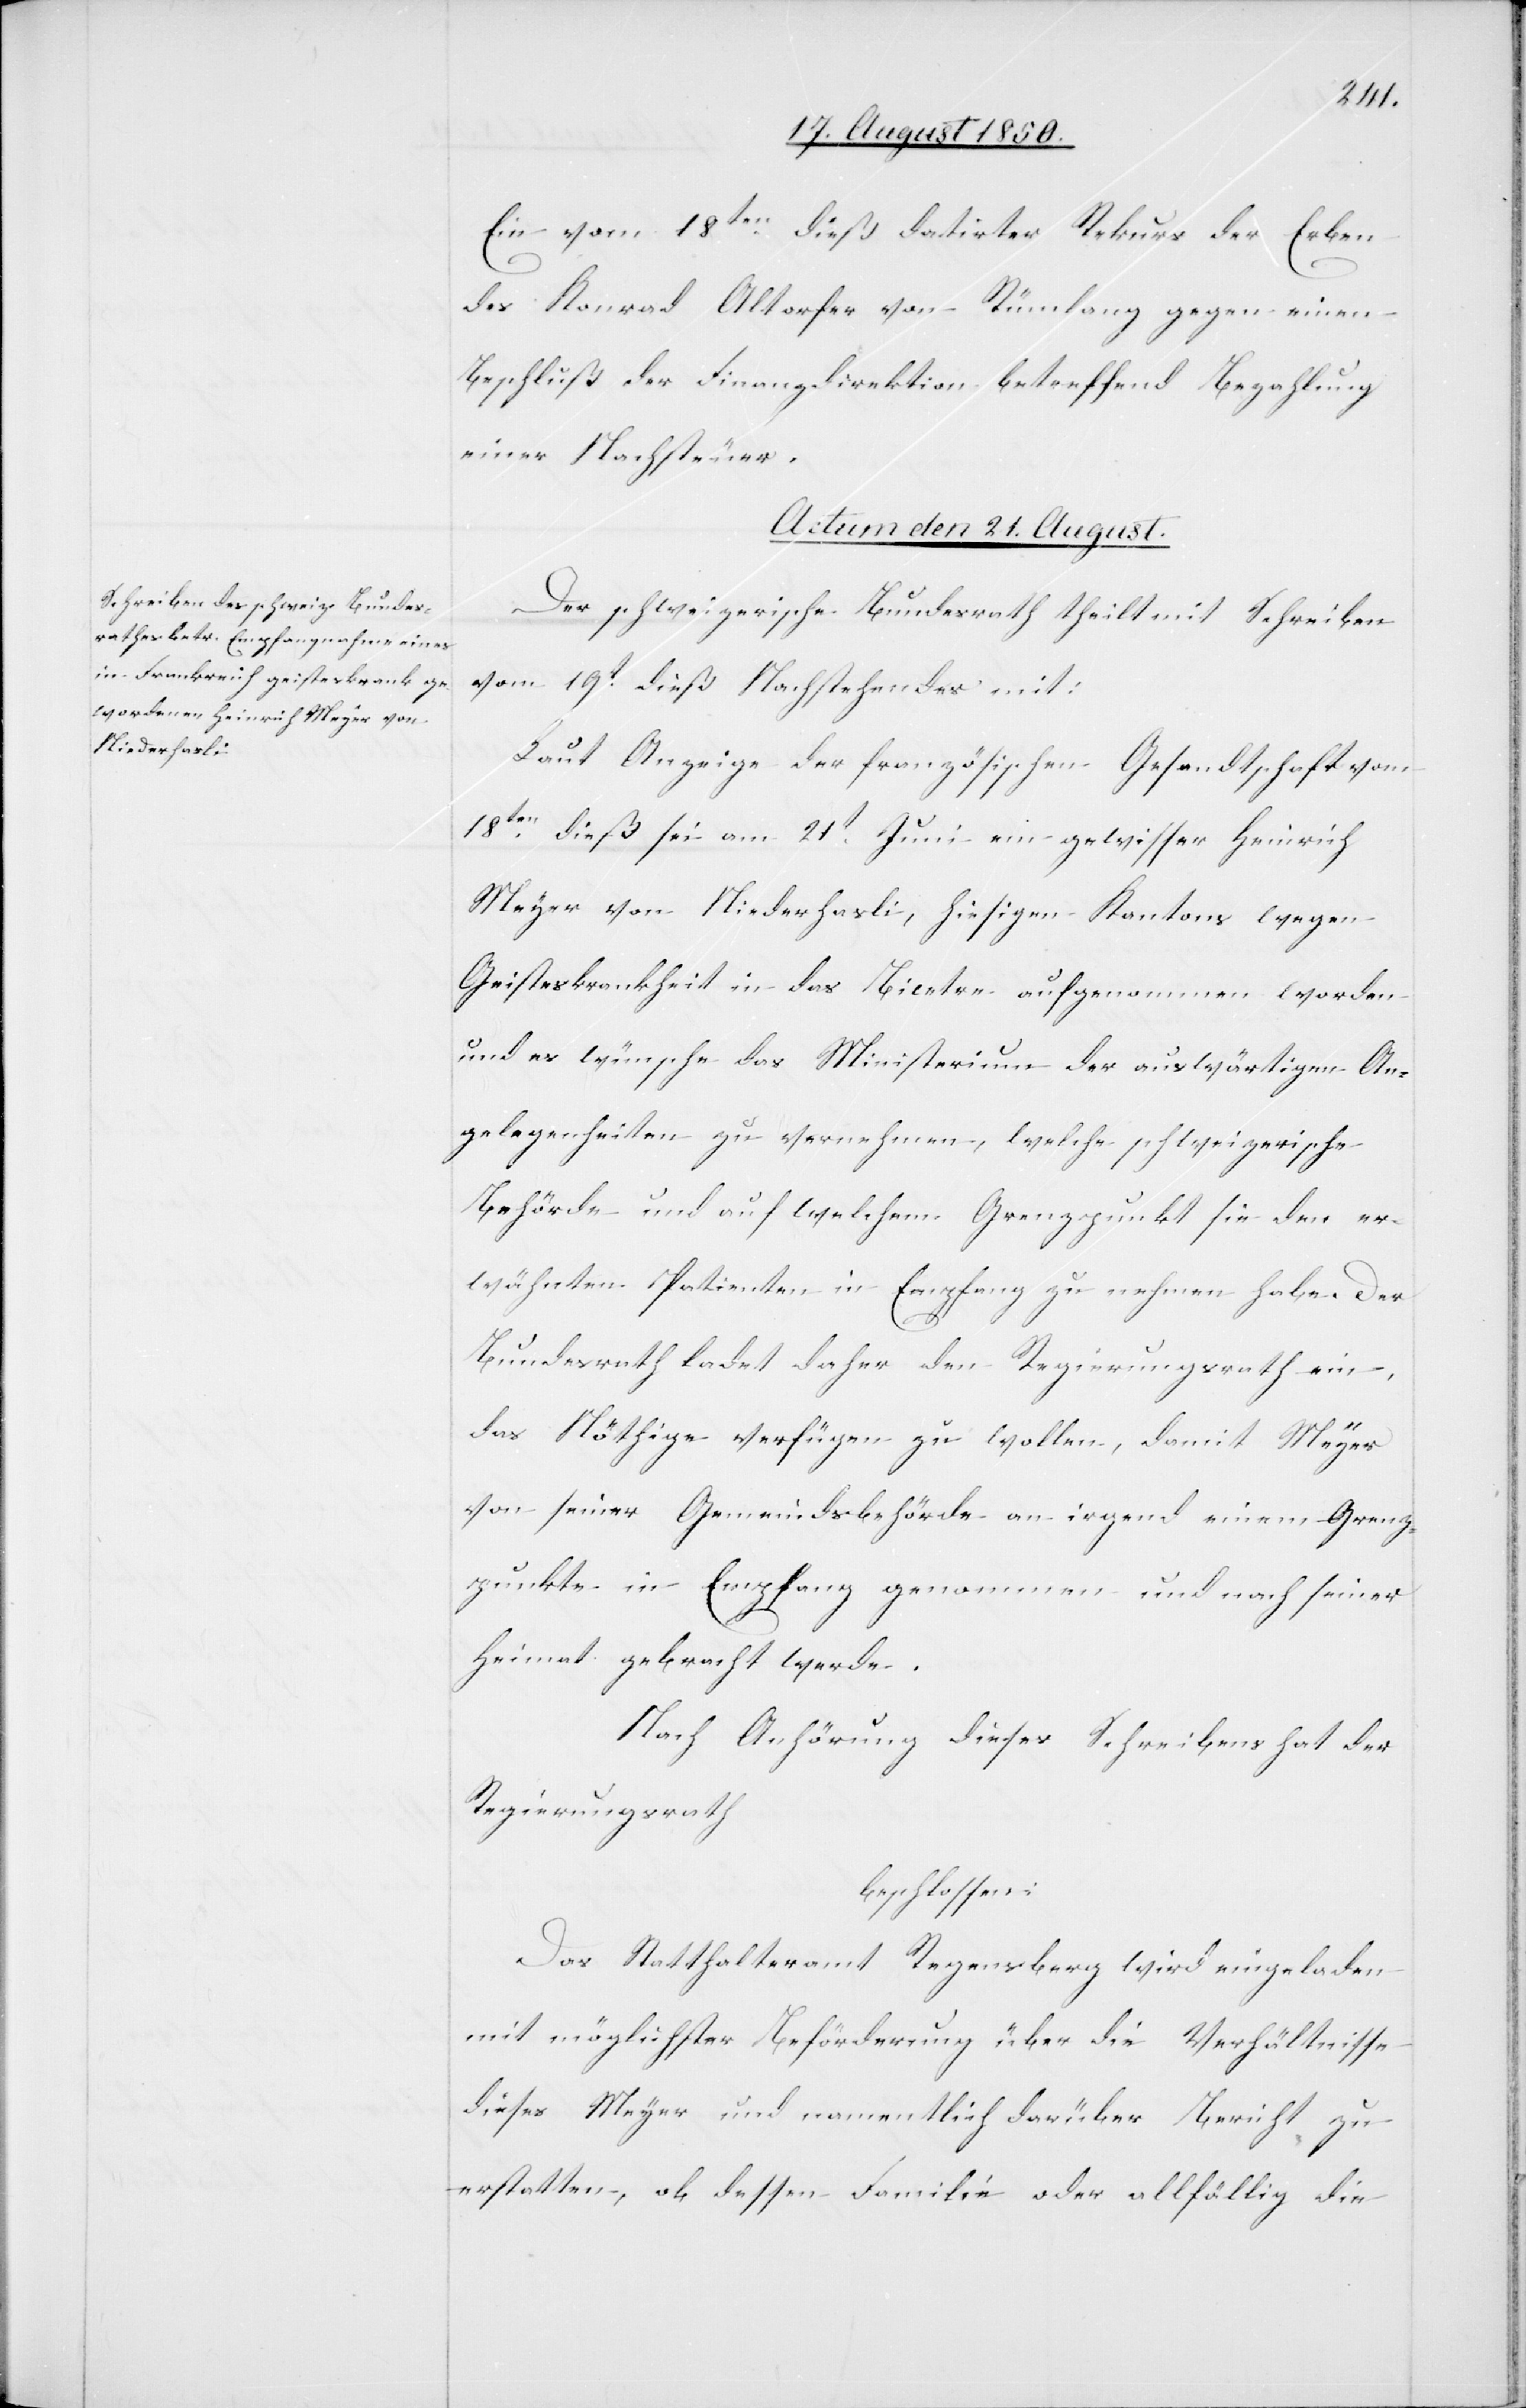
Ein vom 18ten dieß datirter Rekurs der Erben
des Konrad Altorfer von Rümlang gegen einen
Beschluß der Finanzdirektion betreffend Bezahlung
einer Nachsteuer.
Actum den 21. August.
Der schweizerische Bundesrath theilt mit Schreiben
vom 19t dieß Nachstehendes mit:
Laut Anzeige der französischen Gesandtschaft vom
18ten dieß sei am 21t Juni ein gewisser Heinrich
Meyer von Niederhasli, hiesigen Kantons wegen
Geisteskrankheit in das Bicetre aufgenommen worden
und es wünsche das Ministerium der auswärtigen An¬
gelegenheiten zu vernehmen, welche schweizerische
Behörde und auf welchem Grenzpunkt sie den er¬
wähnten Patienten in Empfang zu nehmen habe. Der
Bundesrath ladet daher den Regierungsrath ein,
das Nöthige verfügen zu wollen, damit Meyer
von seiner Gemeindsbehörde an irgend einem Grenz¬
punkte in Empfang genommen und nach seiner
Heimat gebracht werde.
Nach Anhörung dieses Schreibens hat der
Regierungsrath
beschlossen:
Das Statthalteramt Regensberg wird eingeladen
mit möglichster Beförderung über die Verhältnisse
dieses Meyer und namentlich darüber Bericht zu
erstatten, ob dessen Familie oder allfällig die